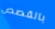
بالقصص